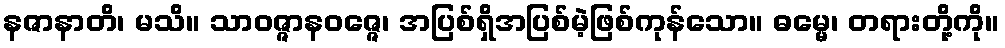
နဇာနာတိ၊ မသိ။ သာဝဇ္ဇာနဝဇ္ဇေ၊ အပြစ်ရှိအပြစ်မဲ့ဖြစ်ကုန်သော။ ဓမ္မေ၊ တရားတို့ကို။